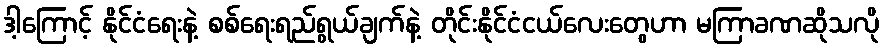
ဒါ့ကြောင့် နိုင်ငံရေးနဲ့ စစ်ရေးရည်ရွယ်ချက်နဲ့ တိုင်းနိုင်ငံငယ်လေးတွေဟာ မကြာခဏဆိုသလို